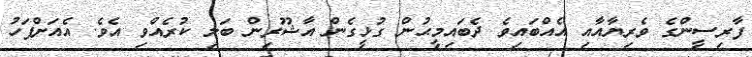
ފާރިސީންގެ ވެރިޔާއާއި އެއްބައިވެ ދެބައިމީޙުން ގުޅީގެން އާޝޫރިން ބަލި ކުރެއްވި އެވެ. އެއަށްފަހު